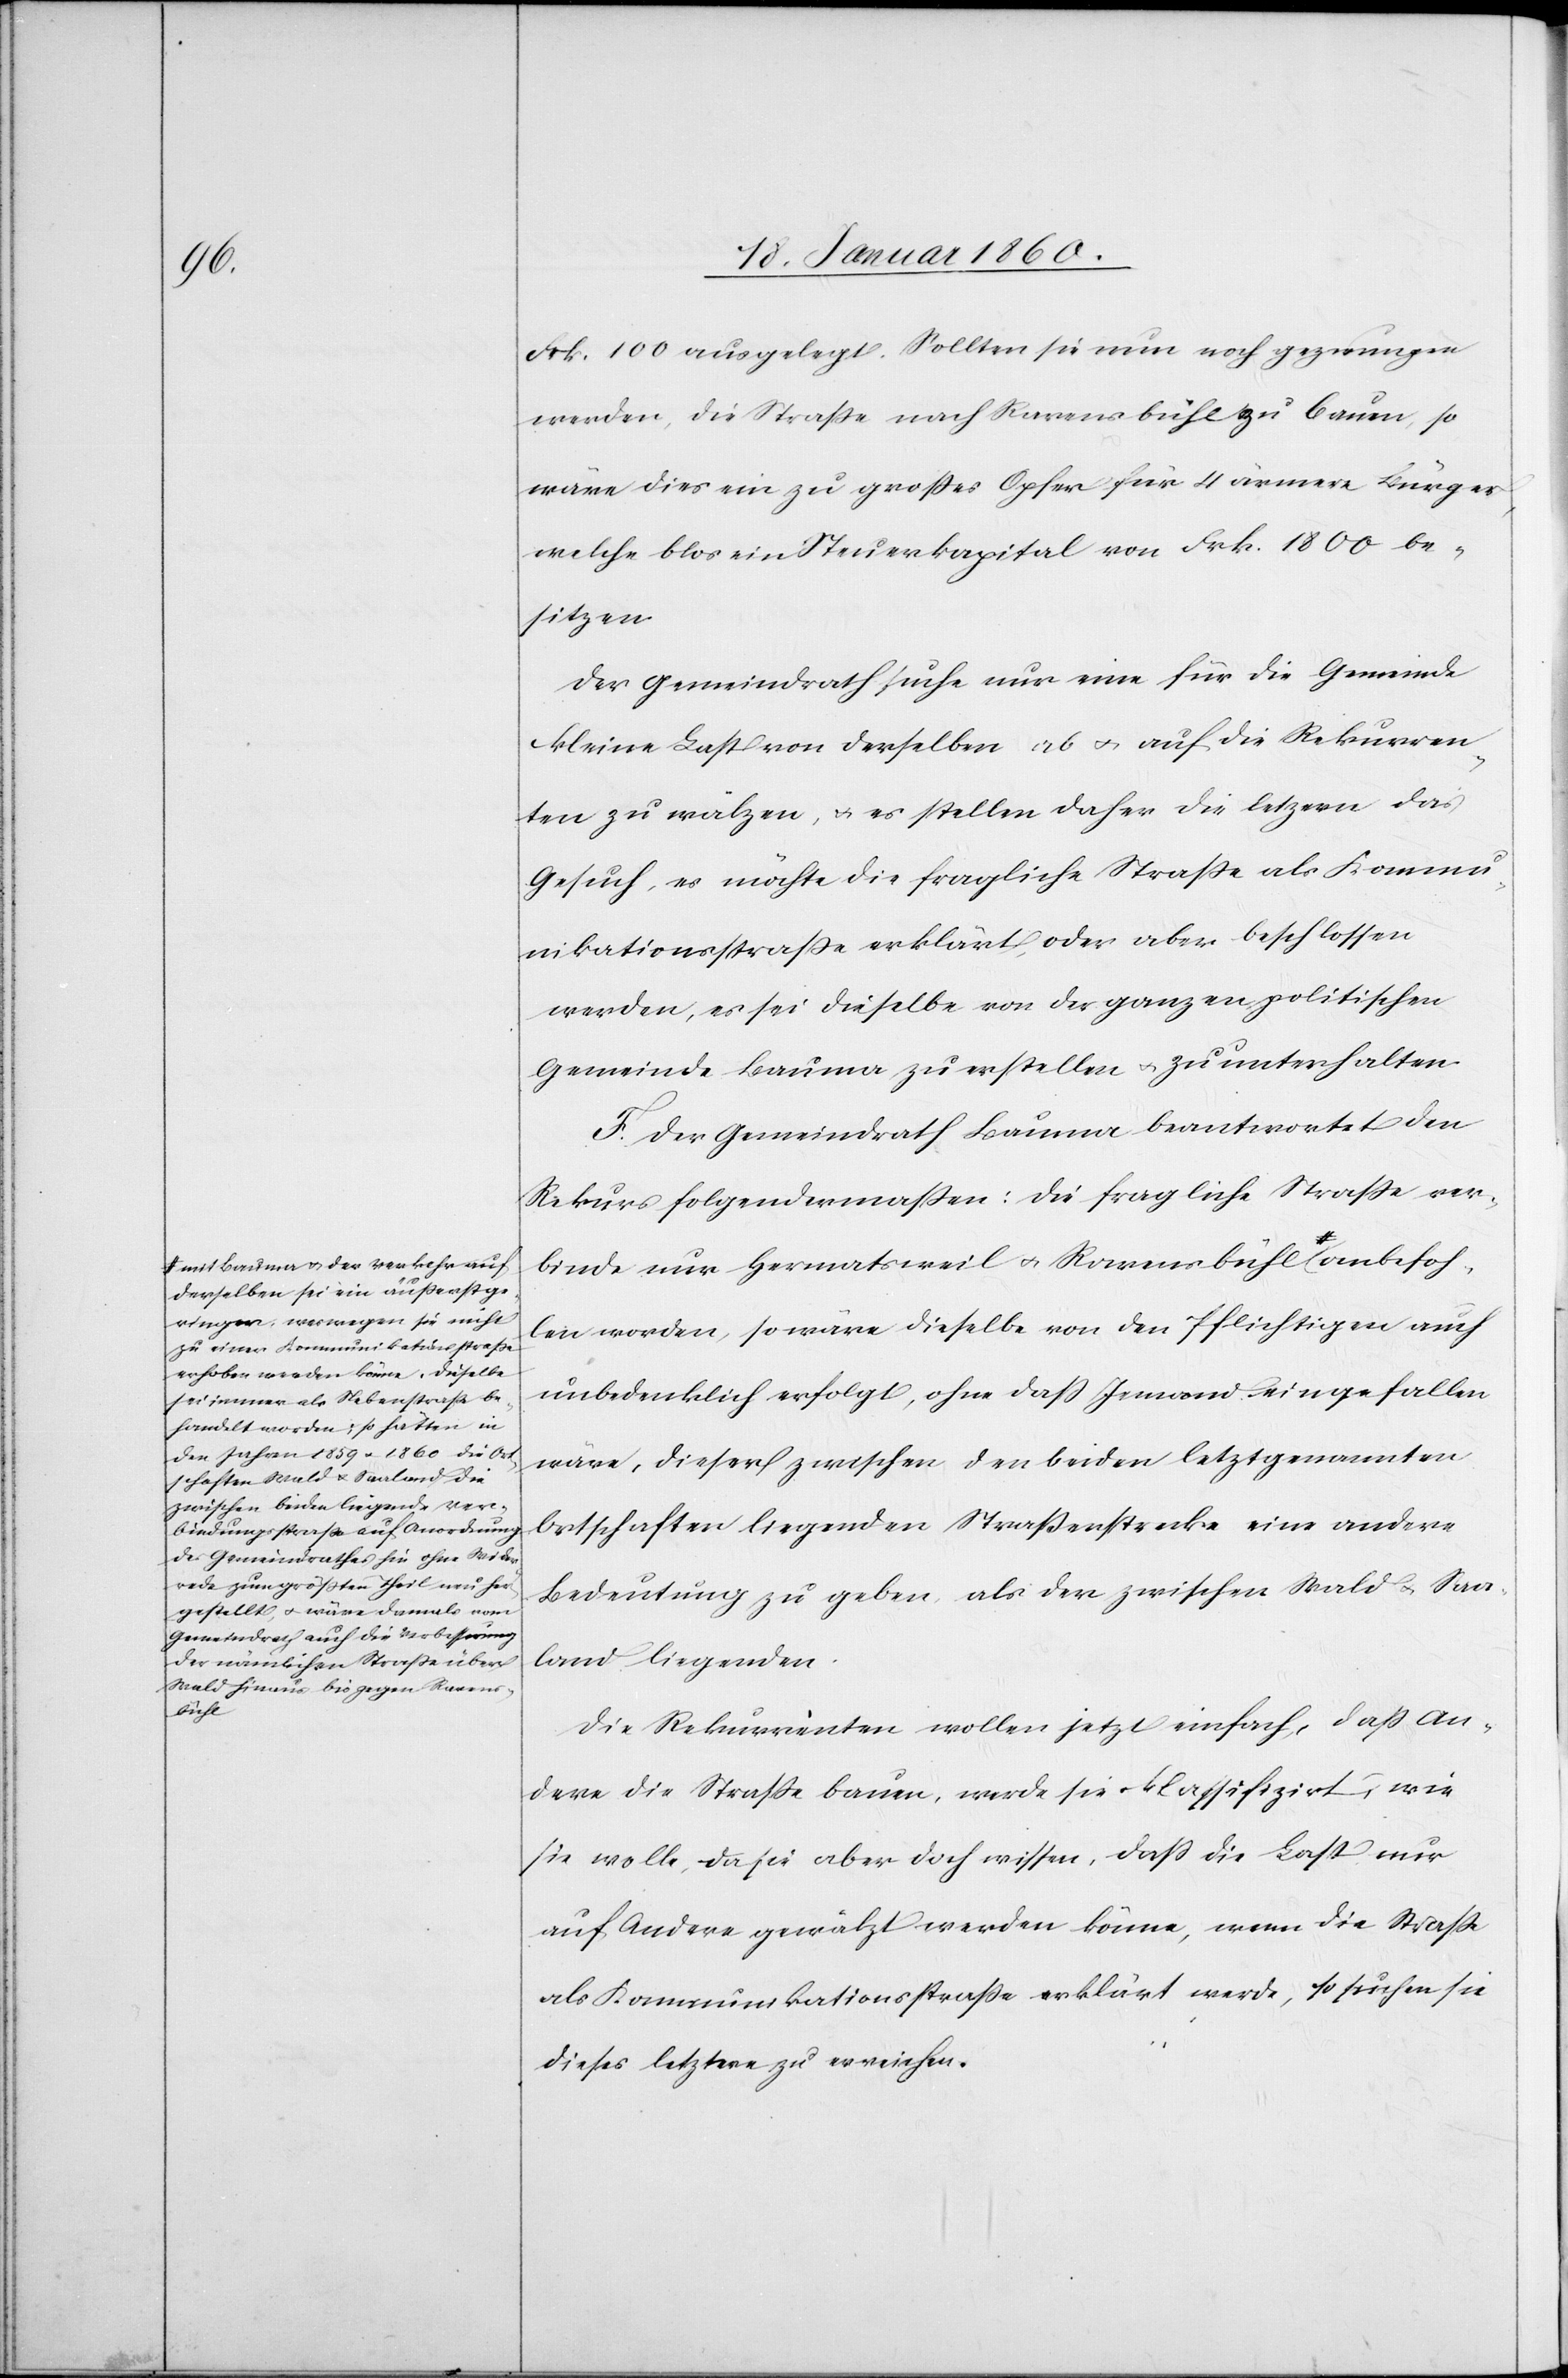
foh¬

it Bauma u. der Verkehr auf
derselben sei ein äußerst ge¬
ringer, weswegen sie nicht
zu einer Kommunikationsstraße
erhoben werden könne. Dieselbe
sei immer als Nebenstraße be¬
handelt worden; so hätten in
den Jahren 1859 u. 1860 die Ort¬
schaften Wald u. Saaland die
zwischen beiden liegende Ver¬
bindungsstraße auf Anordnung
des Gemeindrathes hin ohne Wider¬
rede zum größten Theil neu her¬
gestellt, u. wäre damals vom
Gemeindrath auch die Verbesserung
der nämlichen Straße über
Wald hinaus bis gegen Ravens¬
bühl-a

Frk. 100 ausgelegt. Sollten sie nun noch gezwungen
werden, die Straße nach Ravensbühl zu bauen, so
wäre dies ein zu großes Opfer für 4 ärmere Bürger,
welche blos ein Steuerkapital von Frk. 1800 be¬
sitzen.
Der Gemeindrath suche nur eine für die Gemeinde
kleine Last von derselben ab u. auf die Rekurren¬
ten zu wälzen, u. es stellen daher die letzern [sic!] das
Gesuch, es möchte die fragliche Straße als Kommu¬
nikationsstraße erklärt, oder aber beschlossen
werden, es sei dieselbe von der ganzen politische
Gemeinde Bauma zu erstellen u. zu unterhalten.
F. Der Gemeindrath Bauma beantwortet den
Rekurs folgendermaßen: Die fragliche Straße ver¬
binde nur Hermatsweil u. Ravensbühl a-m¬
len worden, so wäre dieselbe von den Pflichtigen auch
unbedenklich erfolgt, ohne daß Jemand eingefallen
wäre, dieser zwischen den beiden letztgenannten
Ortschaften liegenden Straßenstrecke eine andere
Bedeutung zu geben, als der zwischen Wald u. Saa¬
land liegenden.
Die Rekurrenten wollen jetzt einfach, daß An¬
dere die Straße bauen, werde sie klassifizirt, wie
sie wolle, da sie aber doch wissen, daß die Last nur
auf Andere gewälzt werden könne, wenn die Straße
als Kommunikationsstraße erklärt werde, so suchen sie
dieses letztere zu erreichen.